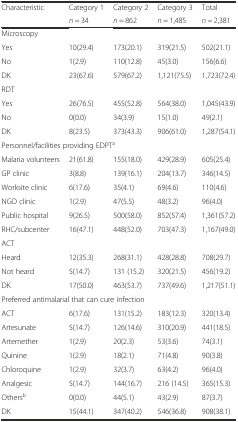
<table><thead><tr><td><b>Characteristic</b></td><td><b>Category 1</b></td><td><b>Category 2</b></td><td><b>Category 3</b></td><td><b>Total</b></td></tr><tr><td></td><td><b><i>n</i> = 34</b></td><td><b><i>n</i> = 862</b></td><td><b><i>n</i> = 1,485</b></td><td><b><i>n</i> = 2,381</b></td></tr></thead><tbody><tr><td colspan="5">Microscopy</td></tr><tr><td>Yes</td><td>10(29.4)</td><td>173(20.1)</td><td>319(21.5)</td><td>502(21.1)</td></tr><tr><td>No</td><td>1(2.9)</td><td>110(12.8)</td><td>45(3.0)</td><td>156(6.6)</td></tr><tr><td>DK</td><td>23(67.6)</td><td>579(67.2)</td><td>1,121(75.5)</td><td>1,723(72.4)</td></tr><tr><td colspan="5">RDT</td></tr><tr><td>Yes</td><td>26(76.5)</td><td>455(52.8)</td><td>564(38.0)</td><td>1,045(43.9)</td></tr><tr><td>No</td><td>0(0.0)</td><td>34(3.9)</td><td>15(1.0)</td><td>49(2.1)</td></tr><tr><td>DK</td><td>8(23.5)</td><td>373(43.3)</td><td>906(61.0)</td><td>1,287(54.1)</td></tr><tr><td colspan="5">Personnel/facilities providing EDPT<sup>a</sup></td></tr><tr><td>Malaria volunteers</td><td>21(61.8)</td><td>155(18.0)</td><td>429(28.9)</td><td>605(25.4)</td></tr><tr><td>GP clinic</td><td>3(8.8)</td><td>139(16.1)</td><td>204(13.7)</td><td>346(14.5)</td></tr><tr><td>Worksite clinic</td><td>6(17.6)</td><td>35(4.1)</td><td>69(4.6)</td><td>110(4.6)</td></tr><tr><td>NGO clinic</td><td>1(2.9)</td><td>47(5.5)</td><td>48(3.2)</td><td>96(4.0)</td></tr><tr><td>Public hospital</td><td>9(26.5)</td><td>500(58.0)</td><td>852(57.4)</td><td>1,361(57.2)</td></tr><tr><td>RHC/subcenter</td><td>16(47.1)</td><td>448(52.0)</td><td>703(47.3)</td><td>1,167(49.0)</td></tr><tr><td colspan="5">ACT</td></tr><tr><td>Heard</td><td>12(35.3)</td><td>268(31.1)</td><td>428(28.8)</td><td>708(29.7)</td></tr><tr><td>Not heard</td><td>5(14.7)</td><td>131 (15.2)</td><td>320(21.5)</td><td>456(19.2)</td></tr><tr><td>DK</td><td>17(50.0)</td><td>463(53.7)</td><td>737(49.6)</td><td>1,217(51.1)</td></tr><tr><td colspan="5">Preferred antimalarial that can cure infection</td></tr><tr><td>ACT</td><td>6(17.6)</td><td>131(15.2)</td><td>183(12.3)</td><td>320(13.4)</td></tr><tr><td>Artesunate</td><td>5(14.7)</td><td>126(14.6)</td><td>310(20.9)</td><td>441(18.5)</td></tr><tr><td>Artemether</td><td>1(2.9)</td><td>20(2.3)</td><td>53(3.6)</td><td>74(3.1)</td></tr><tr><td>Quinine</td><td>1(2.9)</td><td>18(2.1)</td><td>71(4.8)</td><td>90(3.8)</td></tr><tr><td>Chloroquine</td><td>1(2.9)</td><td>32(3.7)</td><td>63(4.2)</td><td>96(4.0)</td></tr><tr><td>Analgesic</td><td>5(14.7)</td><td>144(16.7)</td><td>216 (14.5)</td><td>365(15.3)</td></tr><tr><td>Others<sup>b</sup></td><td>0(0.0)</td><td>44(5.1)</td><td>43(2.9)</td><td>87(3.7)</td></tr><tr><td>DK</td><td>15(44.1)</td><td>347(40.2)</td><td>546(36.8)</td><td>908(38.1)</td></tr></tbody></table>